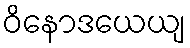
ဝိနောဒယေယျ